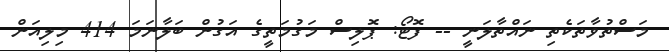
މަސްތުވާތަކެތި ނައްތާލަނީ -- ފޮޓޯ: ޕޮލިސް މަގުމަތީގެ އަގުން ބަލާނަމަ 414 މިލިއަން